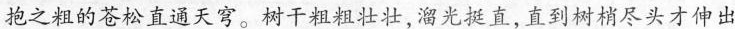
抱之粗的苍松直通天穹。树干粗粗壮壮，溜光挺直，直到树梢尽头才伸出